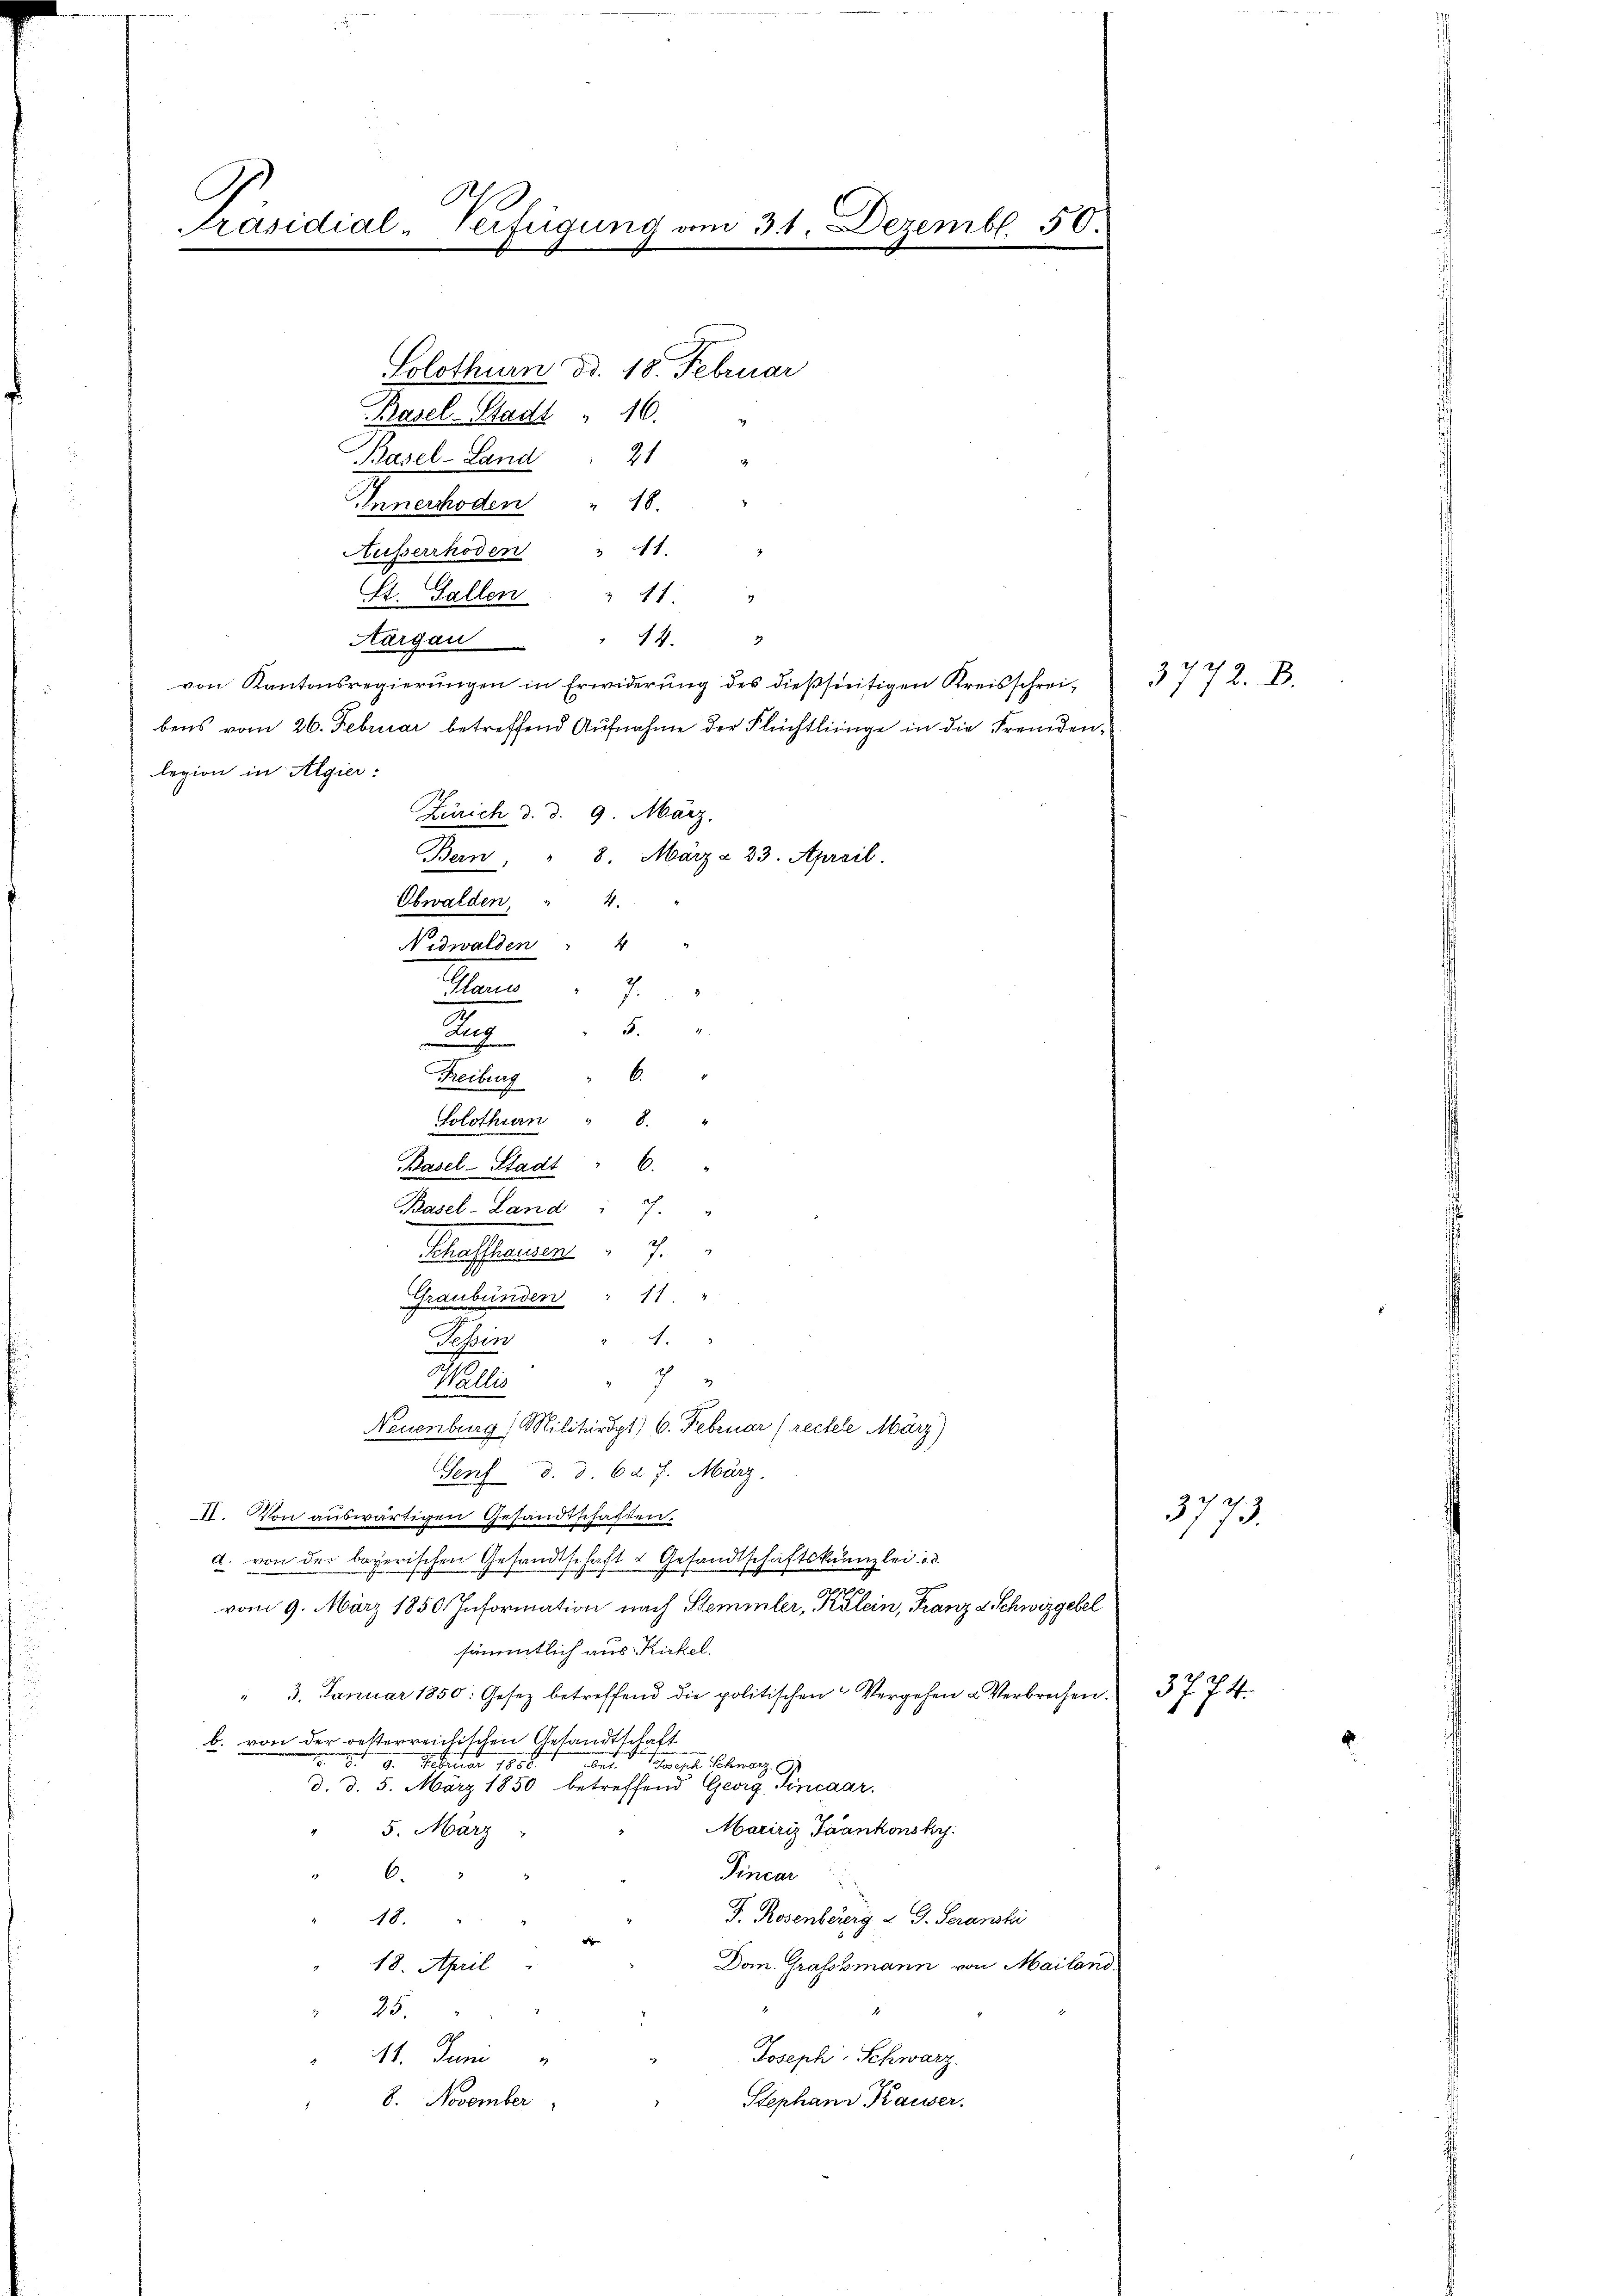
G
räsidial-Verfügung vom 31. Dezemb. 50

Basel-Stadt " 10.
Pasel-Land " 21 "
Ehnerrhoden " 18.
11.
Ausserrhoden
Et. Gallen: " 11 "
4.3
Aargau
von Kantonsregierungen in Erwiderung des dießseitigen Kreisschreibens vom 26. Februar betreffend Aufnahme der Flüchtlinge in die Fremdenlegion in Algier:
Zürich d. d. 9. März.
Bern, " 8. März & 23. April.
Obwalden, " 4.
Nidwalden " 4
Man
."
a
6.
Freiburg
Solothurn " 8.
Basel-Stadt " 6.
Pasel-Land " 7
2
Schaffenden
Graubünden " 11 "
.
Bohren
f
Wallis
Neuenburg, Militärdpt) 6. Februar (rectele März)
Senf d. d. 6. 7. März.
II. Von auswärtigen Gesandtschaften.
d. von der bayerischen Gesandtschaft & Gesandtschaftskanzlei. d. d.
vom 9. März 1850. Information nach Stemmler, Klein, Franz d. Schwizgesel
sämmtlich aus Kickel.
" 3. Januar 1850: Gesetz betreffend die politischen Vergehen & Verbrechen.
b. von der oesterreichischen Gesandtschaft
9. Februar 1888.
  Schwarz
d. d. 5. März 1850 betreffend Georg, incaar.
Maririz Taankonskr
5. März
" 6.
Pincar
J. Rosenbererg & J. Seranski
48.
i
18. April
Dom. Grafsbmann von Mailand.
25.
Joseph-Schwarz.
11. Juni
Stephans Kaiser.
8. November

Solothurn od. 18. Februar

3772. B.

3773.

3774.